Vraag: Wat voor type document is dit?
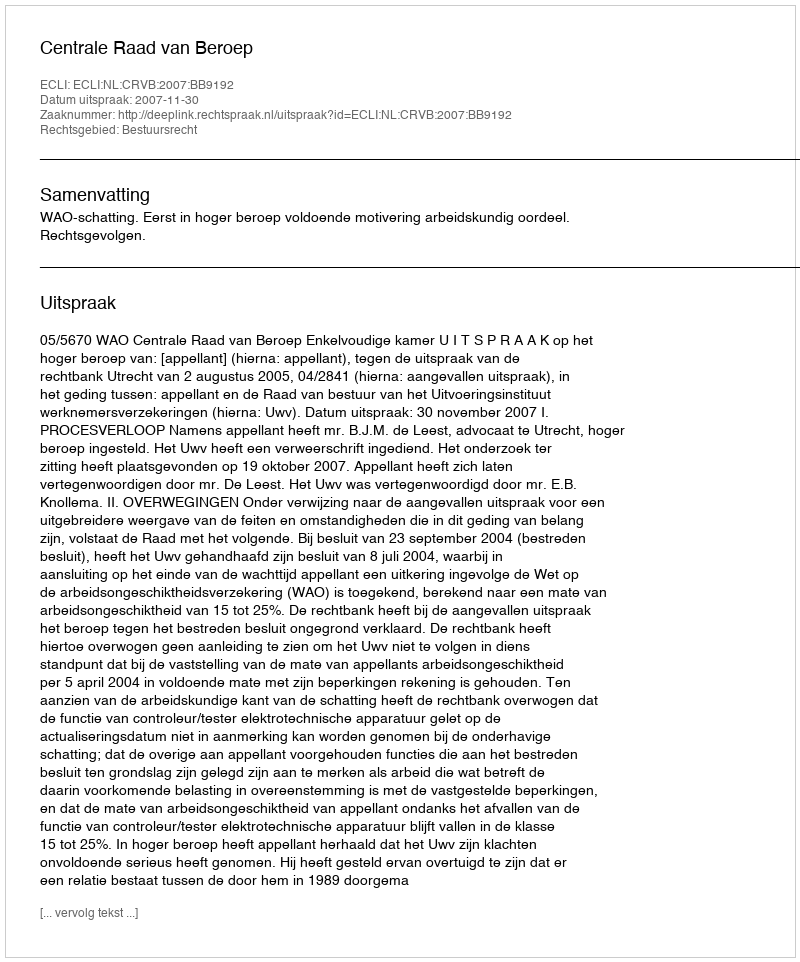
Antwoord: Uitspraak